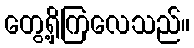
တွေ့ရှိကြလေသည်။